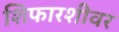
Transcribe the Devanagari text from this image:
शिफारशीवर